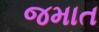
જમાત